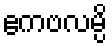
ဧကဗလမ္ပိ